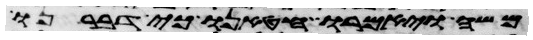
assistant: משה ויאמרו חטאנו כי דברנו